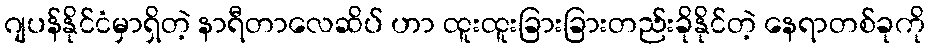
ဂျပန်နိုင်ငံမှာရှိတဲ့ နာရီတာလေဆိပ် ဟာ ထူးထူးခြားခြားတည်းခိုနိုင်တဲ့ နေရာတစ်ခုကို